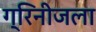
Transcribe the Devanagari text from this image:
ग्रिनीजला